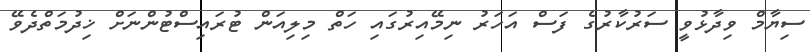
ސިޔާމް ވިދާޅުވީ ސަރުކާރުގެ ފަސް އަހަރު ނިމޭއިރުގައި ހަތް މިލިއަން ޓުރައިސްޓުންނަށް ޚިދުމަތްދެވޭ